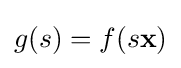
{\textstyle g(s)=f(s\mathbf {x} )}